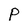
Character: P